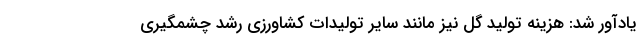
یادآور شد: هزینه تولید گل نیز مانند سایر تولیدات کشاورزی رشد چشمگیری